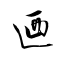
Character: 迺